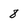
Character: 8